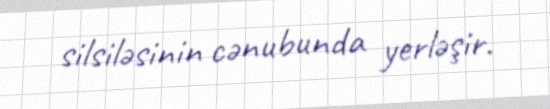
silsiləsinin cənubunda yerləşir.